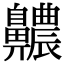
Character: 齈